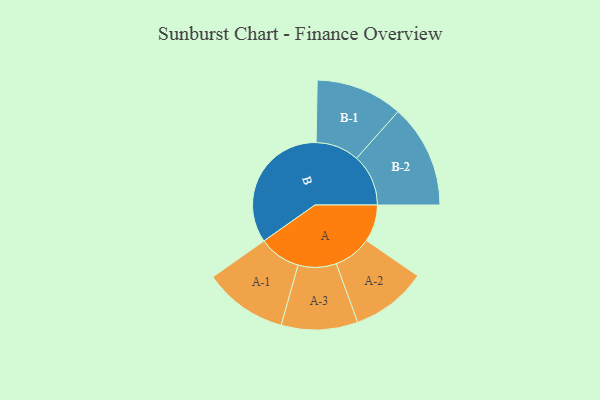
{"axis": {"x": "Segment", "y": "Value"}, "legend": ["", "A", "B"], "data": [{"x": "A", "y": 120, "type": ""}, {"x": "B", "y": 438, "type": ""}, {"x": "A-1", "y": 136, "type": "A"}, {"x": "A-2", "y": 123, "type": "A"}, {"x": "A-3", "y": 124, "type": "A"}, {"x": "B-1", "y": 141, "type": "B"}, {"x": "B-2", "y": 168, "type": "B"}]}